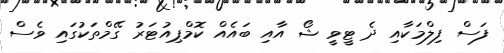
ފަސް ފިލްމަކާއި ދެ ޓީވީ ޝޯ އާއި ބައެއް ކޮމްޕިއުޓަރު ގޭމްތަކުގައި ވެސް